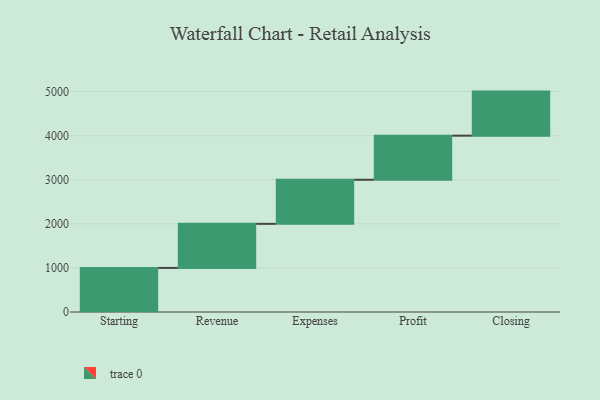
{"axis": {"x": "Step", "y": "Value"}, "legend": [""], "data": [{"x": "Starting", "y": 1000, "type": ""}, {"x": "Revenue", "y": 1000, "type": ""}, {"x": "Expenses", "y": 1000, "type": ""}, {"x": "Profit", "y": 1000, "type": ""}, {"x": "Closing", "y": 1000, "type": ""}]}